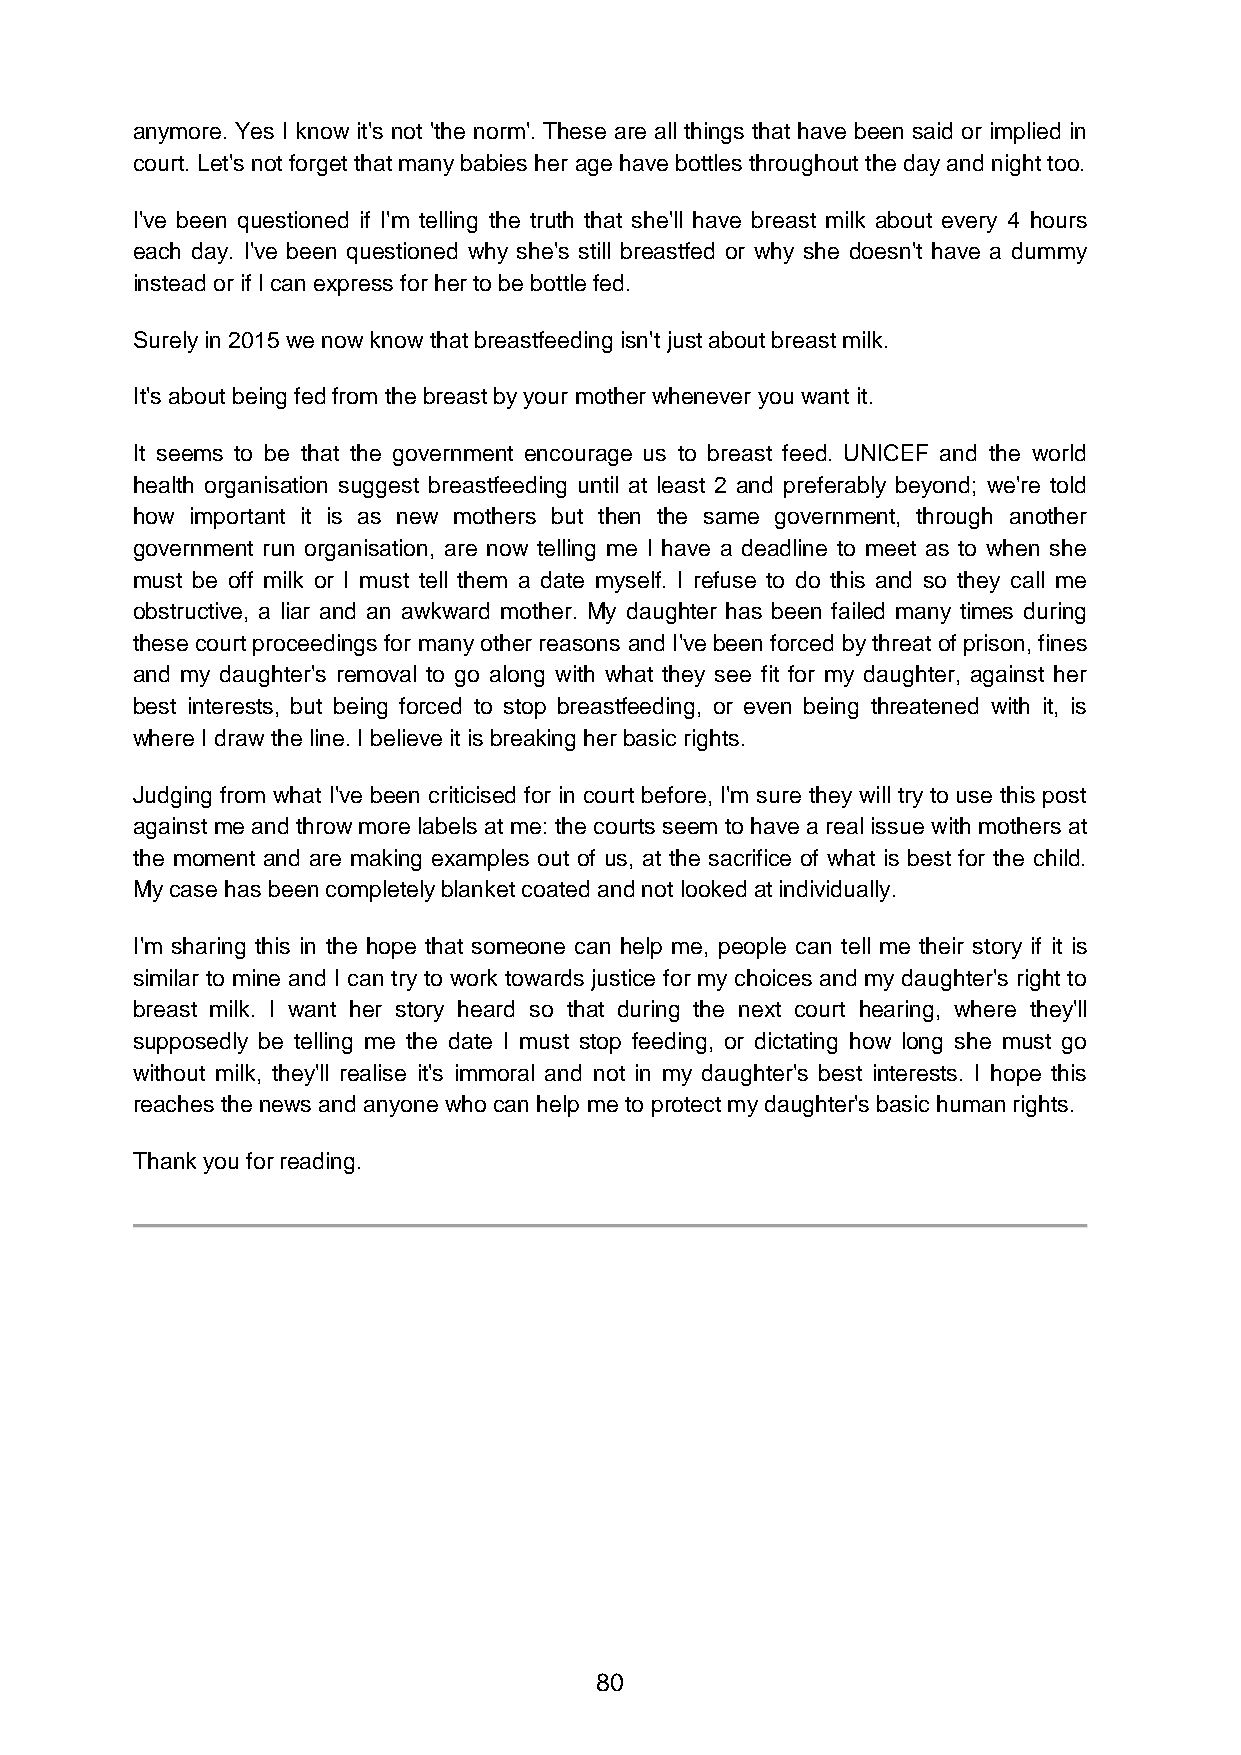
anymore. Yes I know it's not 'the norm'. These are all things that have been said or implied in
 court. Let's not forget that many babies her age have bottles throughout the day and night too.
 I've been questioned if I'm telling the truth that she'll have breast milk about every 4 hours
 each day. I've been questioned why she's still breastfed or why she doesn't have a dummy
 instead or if I can express for her to be bottle fed.
 Surely in 2015 we now know that breastfeeding isn't just about breast milk.
 It's about being fed from the breast by your mother whenever you want it.
 It seems to be that the government encourage us to breast feed. UNICEF and the world
 health organisation suggest breastfeeding until at least 2 and preferably beyond; we're told
 how important it is as new mothers but then the same government, through another
 government run organisation, are now telling me I have a deadline to meet as to when she
 must be off milk or I must tell them a date myself. I refuse to do this and so they call me
 obstructive, a liar and an awkward mother. My daughter has been failed many times during
 these court proceedings for many other reasons and I've been forced by threat of prison, fines
 and my daughter's removal to go along with what they see fit for my daughter, against her
 best interests, but being forced to stop breastfeeding, or even being threatened with it, is
 where I draw the line. I believe it is breaking her basic rights.
 Judging from what I've been criticised for in court before, I'm sure they will try to use this post
 against me and throw more labels at me: the courts seem to have a real issue with mothers at
 the moment and are making examples out of us, at the sacrifice of what is best for the child.
 My case has been completely blanket coated and not looked at individually.
 I'm sharing this in the hope that someone can help me, people can tell me their story if it is
 similar to mine and I can try to work towards justice for my choices and my daughter's right to
 breast milk. I want her story heard so that during the next court hearing, where they'll
 supposedly be telling me the date I must stop feeding, or dictating how long she must go
 without milk, they'll realise it's immoral and not in my daughter's best interests. I hope this
 reaches the news and anyone who can help me to protect my daughter's basic human rights.
 Thank you for reading.
 80